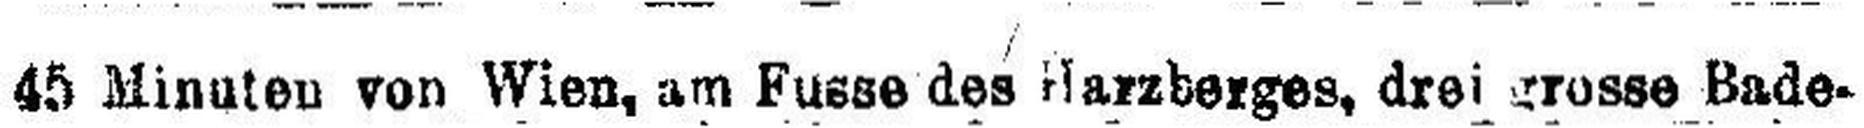
45 Minuten von Wien, am Fusse des Harzberges, drei Grosse Bade¬